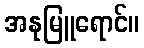
အနုမြူရောင်။